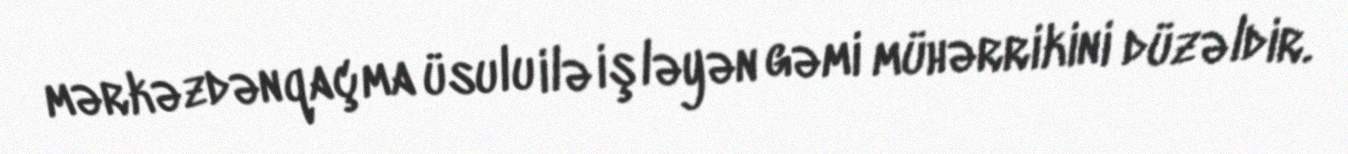
mərkəzdənqaçma üsulu ilə işləyən gəmi mühərrikini düzəldir.